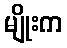
မျိုးက